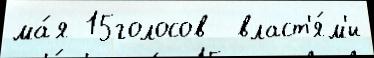
ма́я 15голосов  власт'я́м'и